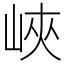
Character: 峽